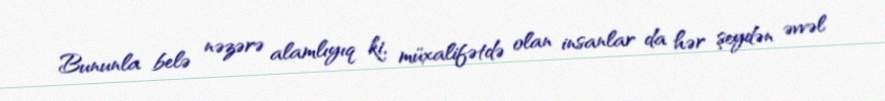
Bununla belə nəzərə alamlıyıq ki, müxalifətdə olan insanlar da hər şeydən əvvəl